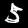
Label: 5